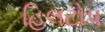
હિલટોપ